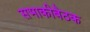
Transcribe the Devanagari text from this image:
सभाकीबैठक